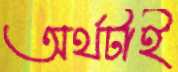
অর্থটাই